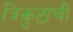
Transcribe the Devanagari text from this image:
त्रिकुटाची